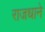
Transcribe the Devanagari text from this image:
राजधाने